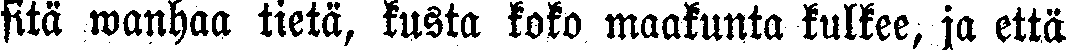
sitä wanhaa tietä, kusta koko maakunta kulkee, ja että